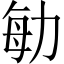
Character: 勄